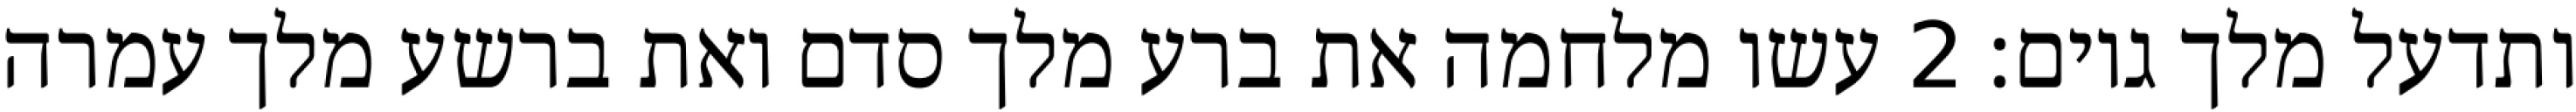
ותדעל מלך גוים׃ ‎2‏ עשו מלחמה את ברע מלך סדם ואת ברשע מלך עמרה